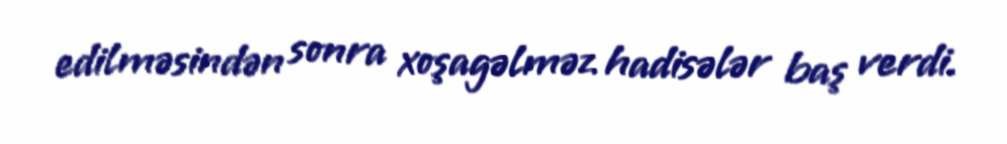
edilməsindən sonra xoşagəlməz hadisələr baş verdi.